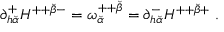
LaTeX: \partial _ { h { \breve { \alpha } } } ^ { + } H ^ { + + { \breve { \beta } } - } = \omega _ { \breve { \alpha } } ^ { + + { \breve { \beta } } } = \partial _ { h { \breve { \alpha } } } ^ { - } H ^ { + + { \breve { \beta } } + } \ .